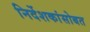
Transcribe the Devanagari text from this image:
निर्देशकांसोबत